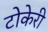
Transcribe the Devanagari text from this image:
टोकेरी